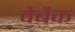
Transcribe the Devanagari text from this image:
वेबैक